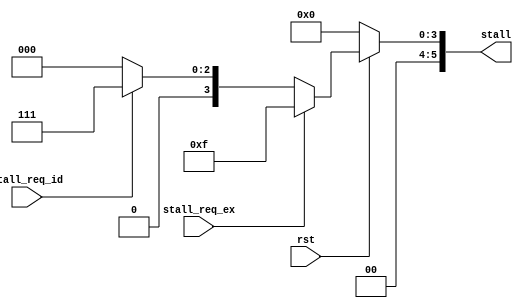
`timescale 1ns / 1ps
//////////////////////////////////////////////////////////////////////////////////
// Company: none
// 
// Design Name: mipscpu
// Module Name: CTRL
// Project Name: 
// Target Devices: arty a7-35
// Tool Versions: 
// Description: 
// pipeline control
// Dependencies: 
// 
// Revision:
// Revision 0.01 - File Created
// Additional Comments:
// stall{5:0}={  wb_stall`    [5]
//               mem_stall,   [4]
//               ex _stall,    [3]
//               id _stall,    [2]
//               if_stall,    [1]
//               pc_stall     [0]
//             }
//
// if(stall[a]==0 and stall[a+1]!=0)
// then stage a+1 input equal to 0

//////////////////////////////////////////////////////////////////////////////////


module CTRL(
    input stall_req_ex,
    input stall_req_id,
    input rst,
    output reg [5:0] stall
    );
    
    
always@(*)
begin
    if(!rst) begin
        stall<=6'b0;
    end
    else begin
        if(stall_req_ex)begin
            stall<=6'b001111;
        end
        else if (stall_req_id) begin
            stall<=6'b000111;
        end
        else begin
            stall<=6'b000000;
        end
    end

end
endmodule